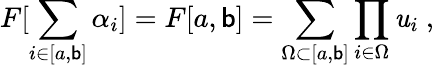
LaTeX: F[\sum_{i\in[a,\mathsf{b}]}\alpha_{i}]=F[a,\mathsf{b}]=\sum_{\Omega\subset[a,\mathsf{b}]}\prod_{i\in\Omega}\mathit{u}_{i}\ ,